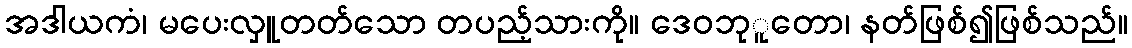
အဒါယကံ၊ မပေးလှူတတ်သော တပည့်သားကို။ ဒေဝဘုူတော၊ နတ်ဖြစ်၍ဖြစ်သည်။